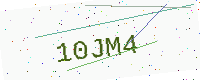
Text: 10JM4